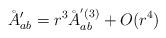
LaTeX: \begin{align*}\AA'_{ab}=r^3\AA_{ab}^{'(3)}+O(r^4)\\\end{align*}